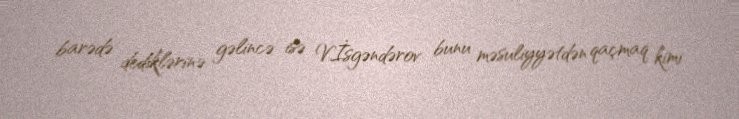
barədə dediklərinə gəlincə isə V.İsgəndərov bunu məsuliyyətdən qaçmaq kimi